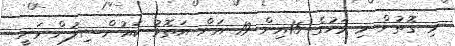
މި ގޮތުން މި މަހުގެ 15އިން 19 އަށް އަތޮޅު ކައުންސިލުން ވަނީ